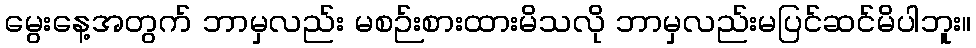
မွေးနေ့အတွက် ဘာမှလည်း မစဉ်းစားထားမိသလို ဘာမှလည်းမပြင်ဆင်မိပါဘူး။